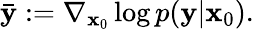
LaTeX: \mathbf{\bar{y}}:=\nabla_{\mathbf{x}_{0}}\log p(\mathbf{y}|\mathbf{x}_{0}).